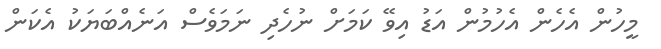
މީހުން އެހެން އެހުމުން އަޑު އިވޭ ކަމަށް ނުހެދި ނަމަވެސް އަނެއްބަޔަކު އެކަން